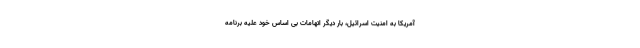
آمریکا به امنیت اسرائیل، بار دیگر اتهامات بی اساس خود علیه برنامه